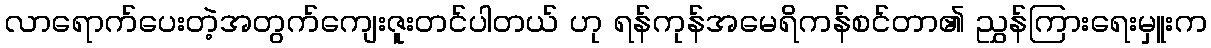
လာရောက်ပေးတဲ့အတွက်ကျေးဇူးတင်ပါတယ် ဟု ရန်ကုန်အမေရိကန်စင်တာ၏ ညွှန်ကြားရေးမှူးက